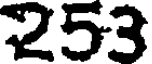
253